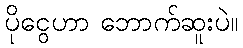
ပိုငွေဟာ ဘောက်ဆူးပဲ။